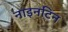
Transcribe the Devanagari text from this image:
नाइनटिन